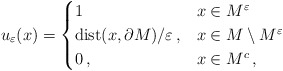
\begin{align*}u_\varepsilon(x) = \begin{cases} 1\,&x\in M^\varepsilon\\\mathrm{dist}(x,\partial M)/\varepsilon\,,&x\in M\setminus M^\varepsilon\\0\,,&x\in M^c\,,\end{cases}\end{align*}